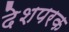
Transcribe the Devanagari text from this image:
देशपरक